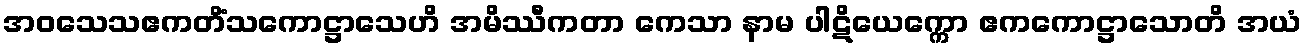
အဝသေသဧကတိံသကောဋ္ဌာသေဟိ အမိဿီကတာ ကေသာ နာမ ပါဋိယေက္ကော ဧကကောဋ္ဌာသောတိ အယံ